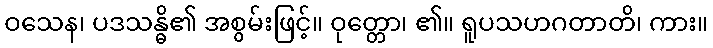
ဝသေန၊ ပဒသန္ဓိ၏ အစွမ်းဖြင့်။ ဝုတ္တော၊ ၏။ ရူပသဟဂတာတိ၊ ကား။